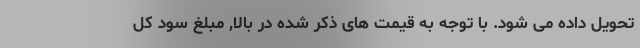
تحویل داده می شود. با توجه به قیمت های ذکر شده در بالا, مبلغ سود کل